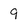
Character: 9